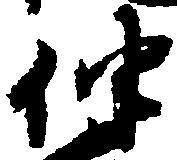
伴